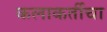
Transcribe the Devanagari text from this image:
कलाकर्तीचा